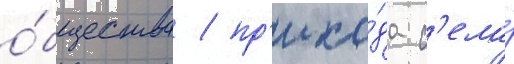
о́бщества / пр'ихо́да с'ела́